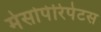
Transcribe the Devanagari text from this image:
मेसोपेरिपेटस